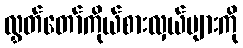
လွှတ်တော်ကိုယ်စားလှယ်များကို